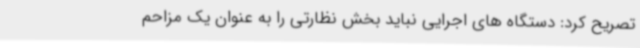
تصریح کرد: دستگاه های اجرایی نباید بخش نظارتی را به عنوان یک مزاحم